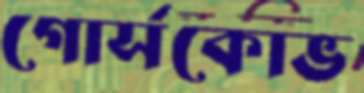
গোর্সকোভ